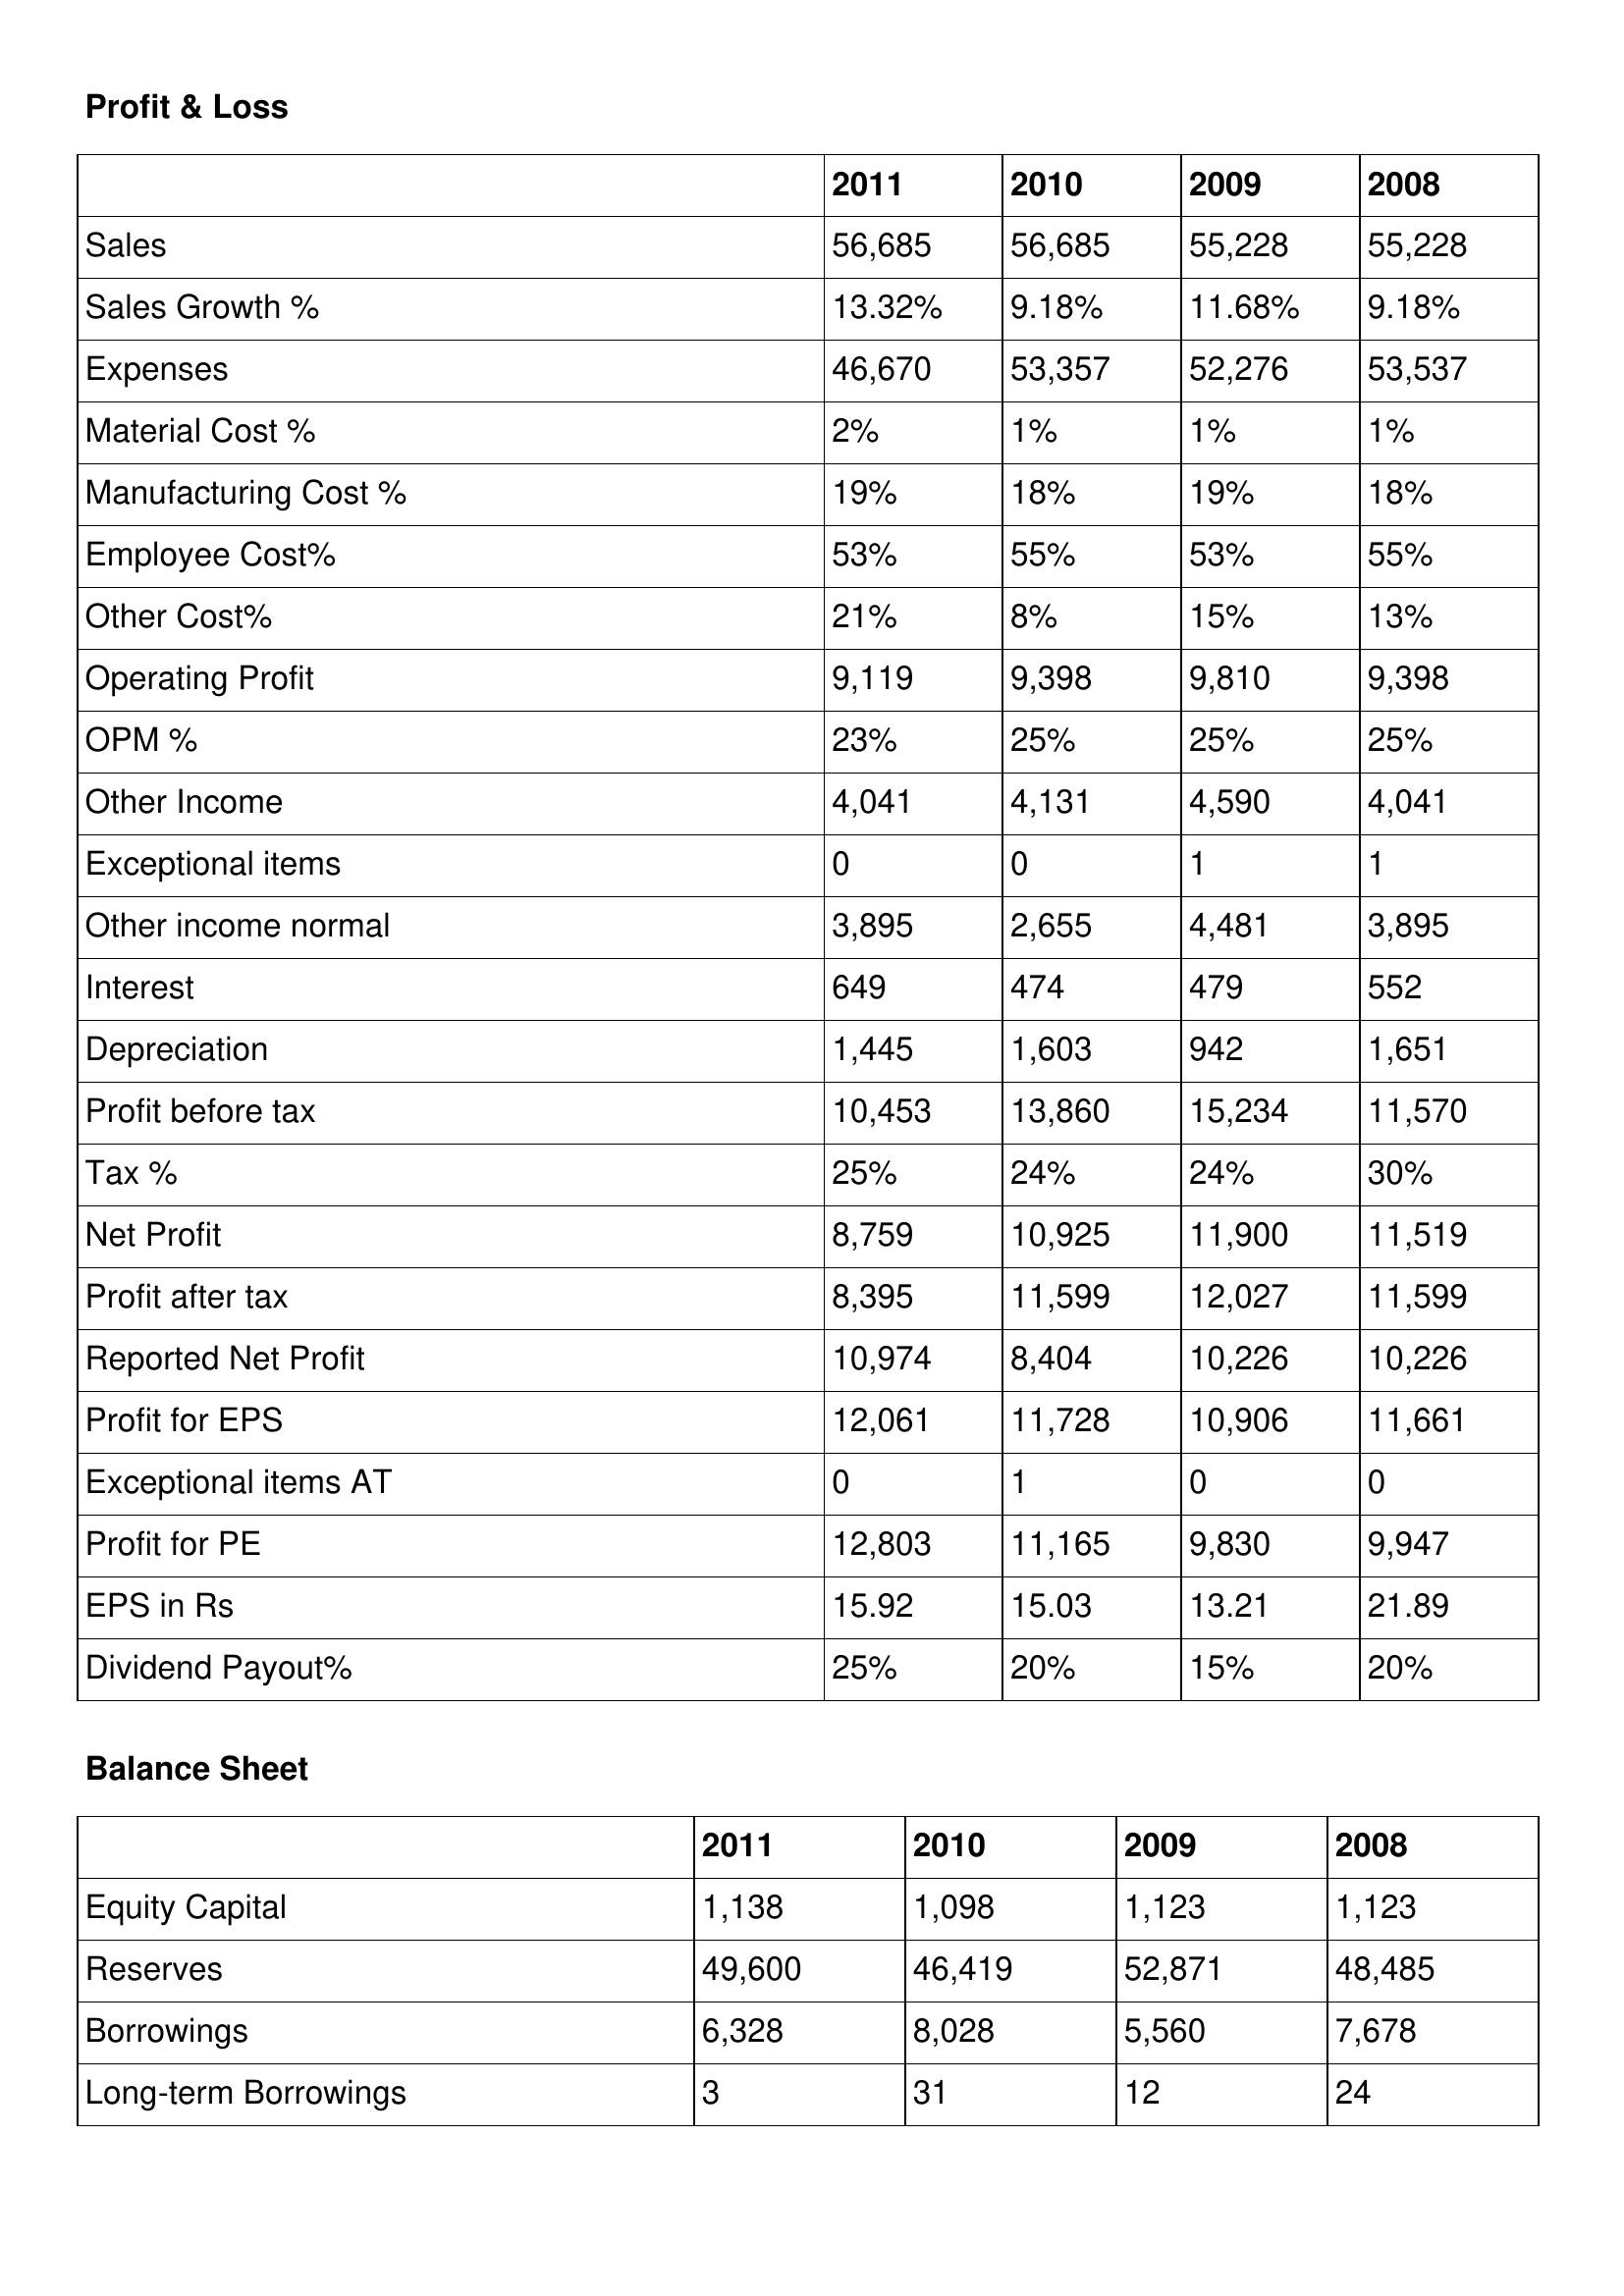
gt_parse: 2011: Profit & Loss: Sales: 56,685
Sales Growth %: 13.32%
Expenses: 46,670
Material Cost %: 2%
Manufacturing Cost %: 19%
Employee Cost%: 53%
Other Cost%: 21%
Operating Profit: 9,119
OPM %: 23%
Other Income: 4,041
Exceptional items: 0
Other income normal: 3,895
Interest: 649
Depreciation: 1,445
Profit before tax: 10,453
Tax %: 25%
Net Profit: 8,759
Profit after tax: 8,395
Reported Net Profit: 10,974
Profit for EPS: 12,061
Exceptional items AT: 0
Profit for PE: 12,803
EPS in Rs: 15.92
Dividend Payout%: 25%
Balance Sheet: Equity Capital: 1,138
Reserves: 49,600
Borrowings: 6,328
Long-term Borrowings: 3
2010: Profit & Loss: Sales: 56,685
Sales Growth %: 9.18%
Expenses: 53,357
Material Cost %: 1%
Manufacturing Cost %: 18%
Employee Cost%: 55%
Other Cost%: 8%
Operating Profit: 9,398
OPM %: 25%
Other Income: 4,131
Exceptional items: 0
Other income normal: 2,655
Interest: 474
Depreciation: 1,603
Profit before tax: 13,860
Tax %: 24%
Net Profit: 10,925
Profit after tax: 11,599
Reported Net Profit: 8,404
Profit for EPS: 11,728
Exceptional items AT: 1
Profit for PE: 11,165
EPS in Rs: 15.03
Dividend Payout%: 20%
Balance Sheet: Equity Capital: 1,098
Reserves: 46,419
Borrowings: 8,028
Long-term Borrowings: 31
2009: Profit & Loss: Sales: 55,228
Sales Growth %: 11.68%
Expenses: 52,276
Material Cost %: 1%
Manufacturing Cost %: 19%
Employee Cost%: 53%
Other Cost%: 15%
Operating Profit: 9,810
OPM %: 25%
Other Income: 4,590
Exceptional items: 1
Other income normal: 4,481
Interest: 479
Depreciation: 942
Profit before tax: 15,234
Tax %: 24%
Net Profit: 11,900
Profit after tax: 12,027
Reported Net Profit: 10,226
Profit for EPS: 10,906
Exceptional items AT: 0
Profit for PE: 9,830
EPS in Rs: 13.21
Dividend Payout%: 15%
Balance Sheet: Equity Capital: 1,123
Reserves: 52,871
Borrowings: 5,560
Long-term Borrowings: 12
2008: Profit & Loss: Sales: 55,228
Sales Growth %: 9.18%
Expenses: 53,537
Material Cost %: 1%
Manufacturing Cost %: 18%
Employee Cost%: 55%
Other Cost%: 13%
Operating Profit: 9,398
OPM %: 25%
Other Income: 4,041
Exceptional items: 1
Other income normal: 3,895
Interest: 552
Depreciation: 1,651
Profit before tax: 11,570
Tax %: 30%
Net Profit: 11,519
Profit after tax: 11,599
Reported Net Profit: 10,226
Profit for EPS: 11,661
Exceptional items AT: 0
Profit for PE: 9,947
EPS in Rs: 21.89
Dividend Payout%: 20%
Balance Sheet: Equity Capital: 1,123
Reserves: 48,485
Borrowings: 7,678
Long-term Borrowings: 24